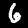
Label: 6